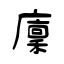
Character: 廩